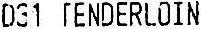
D31 TENDERLOIN